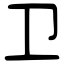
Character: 卫